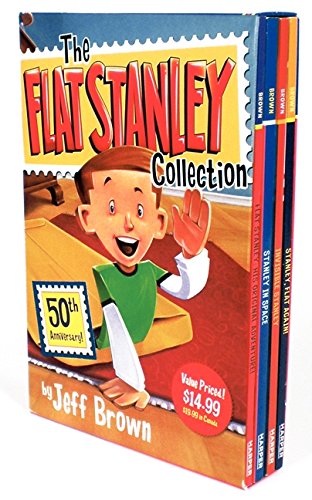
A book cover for The Flat Stanley Collection Box Set: Flat Stanley, Invisible Stanley, Stanley in Space, and Stanley, Flat Again!; Jeff Brown; Children's Books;